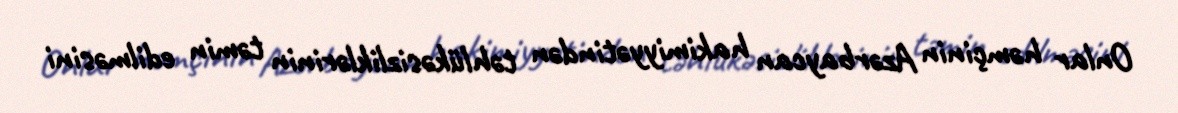
Onlar həmçinin Azərbaycan hakimiyyətindən təhlükəsizliklərinin təmin edilməsini